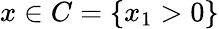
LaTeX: x\in C=\{ x_{1}>0\}